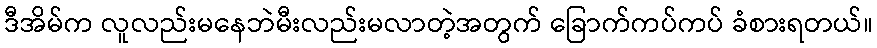
ဒီအိမ်က လူလည်းမနေဘဲမီးလည်းမလာတဲ့အတွက် ခြောက်ကပ်ကပ် ခံစားရတယ်။